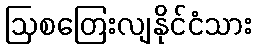
ဩစတြေးလျနိုင်ငံသား